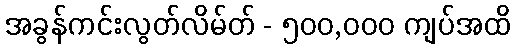
အခွန်ကင်းလွတ်လိမ်တ် - ၅၀၀,၀၀၀ ကျပ်အထိ